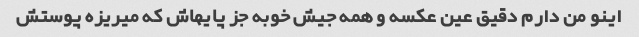
اینو من دارم دقیق عین عکسه و همه جیش خوبه جز پایهاش که میریزه پوستش